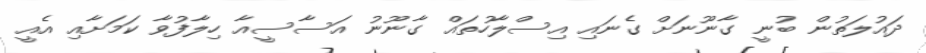
ދައުލަތުން ބުނީ ގާނޫނަށް ގެނައި އިސްލާހުތައް ގާނޫނު އަސާސީއާ ހިލާފުވާ ކަމަށާއި އެއީ